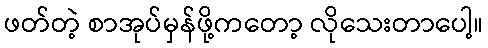
ဖတ်တဲ့ စာအုပ်မှန်ဖို့ကတော့ လိုသေးတာပေါ့။